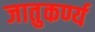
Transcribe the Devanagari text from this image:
जातुकर्ण्य